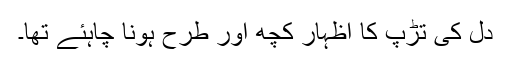
دل کی تڑپ کا اظہار کچھ اور طرح ہونا چاہئے تھا۔